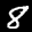
Label: 8